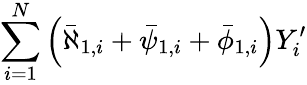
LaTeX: \sum_{i=1}^{N}\left(\bar{\aleph}_{1,i}+\bar{\psi}_{1,i}+\bar{\phi}_{1,i}\right)Y_{i}^{\prime}